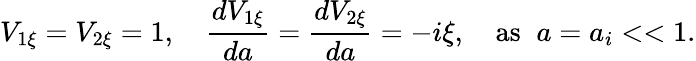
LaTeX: V_{1\xi}=V_{2\xi}=1,\quad\frac{dV_{1\xi}}{da}=\frac{dV_{2\xi}}{da}=-i\xi,\quad\mathrm{as}\; \; a=a_{i}<<1.